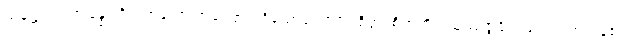
သမုဋ္ဌာယ၊ ဤခန္ဓာကိုယ်ဟူသော အကြောင်းရှိသောကြောင့်။ စိတ္တံ၊ စိတ်ကို။ ဩဿဇ္ဇန္တိ၊ ဖမ်း၍လွှတ်ကုန်၏။